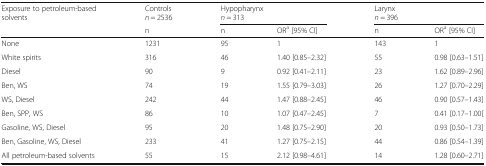
| <ROWSPAN=2> Exposure to petroleum-based solvents | Controlsn = 2536 | <COLSPAN=2> Hypopharynxn = 313 | <COLSPAN=2> Larynxn = 396 |
 | n | n | ORa [95% CI] | n | ORa [95% CI] |
 | --- | --- | --- | --- | --- | --- |
 | None | 1231 | 95 | 1 | 143 | 1 |
 | White spirits | 316 | 46 | 1.40 [0.85–2.32] | 55 | 0.98 [0.63–1.51] |
 | Diesel | 90 | 9 | 0.92 [0.41–2.11] | 23 | 1.62 [0.89–2.96] |
 | Ben, WS | 74 | 19 | 1.55 [0.79–3.03] | 26 | 1.27 [0.70–2.29] |
 | WS, Diesel | 242 | 44 | 1.47 [0.88–2.45] | 46 | 0.90 [0.57–1.43] |
 | Ben, SPP, WS | 86 | 10 | 1.07 [0.47–2.45] | 7 | 0.41 [0.17–1.00[ |
 | Gasoline, WS, Diesel | 95 | 20 | 1.48 [0.75–2.90] | 20 | 0.93 [0.50–1.73] |
 | Ben, Gasoline, WS, Diesel | 233 | 41 | 1.27 [0.75–2.15] | 44 | 0.86 [0.54–1.39] |
 | All petroleum-based solvents | 55 | 15 | 2.12 [0.98–4.61] | 14 | 1.28 [0.60–2.71] |